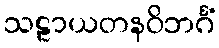
သဠာယတနဝိဘင်္ဂံ